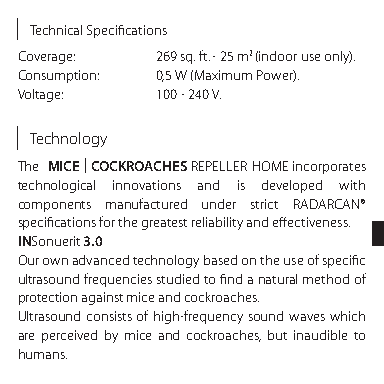
Technical Specifications
 Coverage: 269 sq. ft. - 25 m2 (indoor use only).
 Consumption: 0,5 W (Maximum Power).
 Voltage: 100 - 240 V.
 Technology
 The MICE | COCKROACHES REPELLER HOME incorporates
 technological innovations and is developed with
 components manufactured under strict RADARCAN®
 specifications for the greatest reliability and effectiveness.
 INSonuerit 3.0
 Our own advanced technology based on the use of specific
 ultrasound frequencies studied to find a natural method of
 protection against mice and cockroaches.
 Ultrasound consists of high-frequency sound waves which
 are perceived by mice and cockroaches, but inaudible to
 humans.